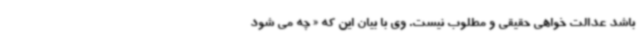
باشد عدالت خواهی حقیقی و مطلوب نیست. وی با بیان این که « چه می شود